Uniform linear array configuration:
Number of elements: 24
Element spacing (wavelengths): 0.5
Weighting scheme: hann
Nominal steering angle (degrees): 60
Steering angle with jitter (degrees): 59.027
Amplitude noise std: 0.05
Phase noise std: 0.05

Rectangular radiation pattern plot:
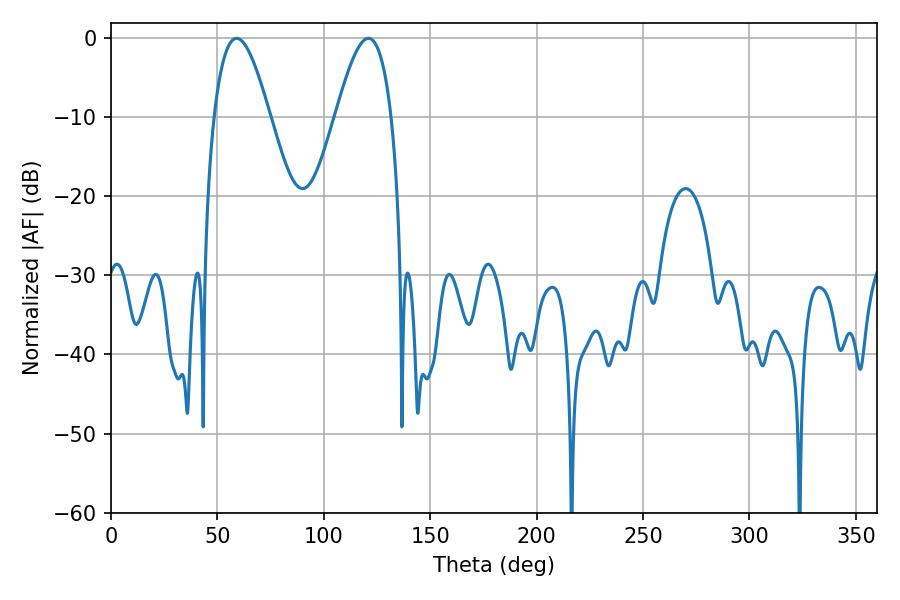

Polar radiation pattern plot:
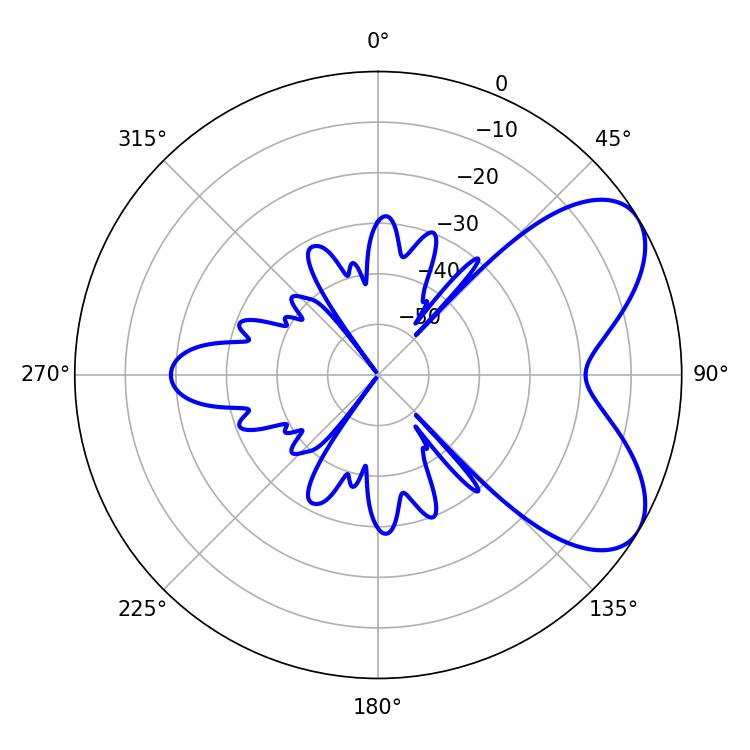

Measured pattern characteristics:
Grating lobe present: FALSE
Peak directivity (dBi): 6.308
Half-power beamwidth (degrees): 14.22
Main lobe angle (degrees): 120.96